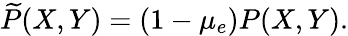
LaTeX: \widetilde{P}(X,Y)=(1-\mu_{e})P(X,Y).